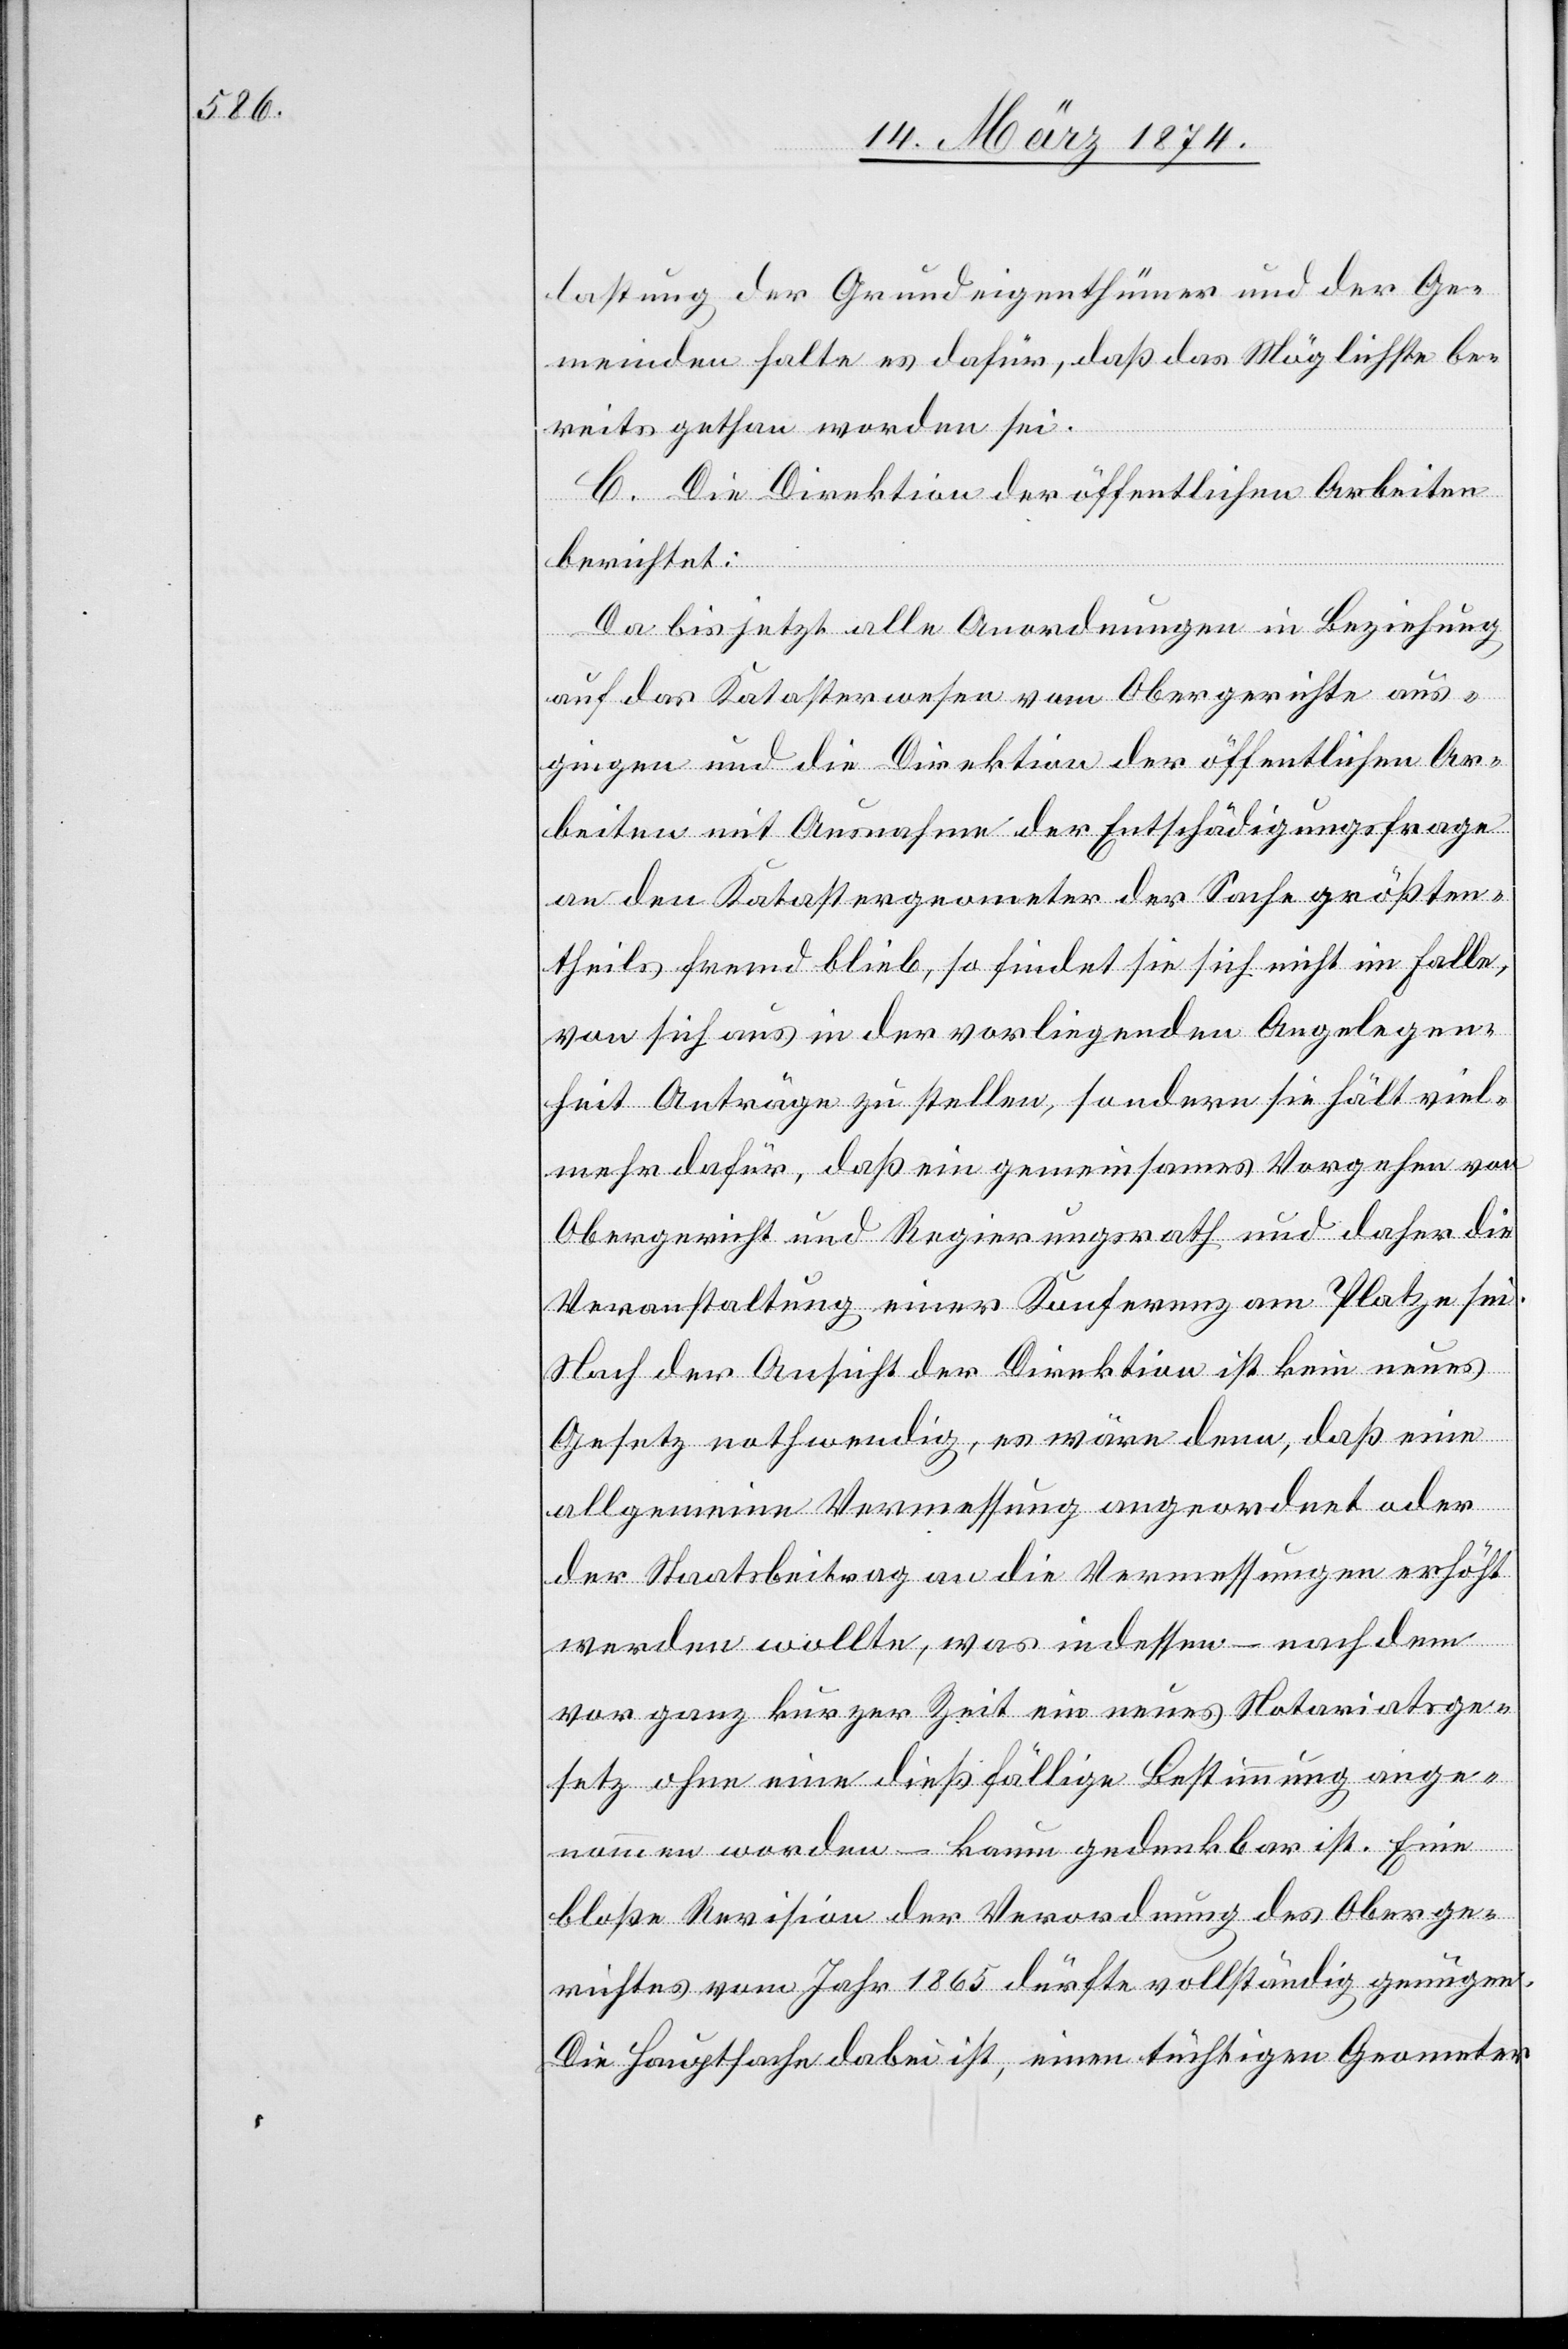
lastung der Grundeigenthümer und der Ge¬
meinden halte es dafür, daß das Möglichste be¬
reits gethan worden sei.
C. Die Direktion der öffentlichen Arbeiten
berichtet:
Da bis jetzt alle Anordnungen in Beziehung
auf das Katasterwesen vom Obergerichte aus¬
gingen und die Direktion der öffentlichen Ar¬
beiten mit Ausnahme der Entschädigungsfrage
an den Katastergeometer der Sache größten¬
theils fremd blieb, so findet sie sich nicht im Falle,
von sich aus in der vorliegenden Angelegen¬
heit Anträge zu stellen, sondern sie hält viel¬
mehr dafür, daß ein gemeinsames Vorgehen von
Obergericht und Regierungsrath und daher die
Veranstaltung einer Konferenz am Platze sei.
Nach der Ansicht der Direktion ist kein neues
Gesetz nothwendig, es wäre denn, daß eine
allgemeine Vermessung angeordnet oder
der Staatsbeitrag an die Vermessungen erhöht
werden wollte, was indessen – nach dem
vor ganz kurzer Zeit ein neues Notariatsge¬
setz ohne eine dießfällige Bestimmung ange¬
nommen worden – kaum gedenkbar ist. Eine
bloße Revision der Verordnung des Oberge¬
richtes vom Jahr 1865 dürfte vollständig genügen.
Die Hauptsache dabei ist, einen tüchtigen Geometer